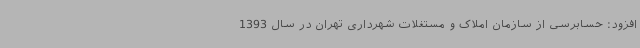
افزود: حسابرسی از سازمان املاک و مستغلات شهرداری تهران در سال 1393